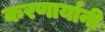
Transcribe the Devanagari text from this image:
करणार्यानी